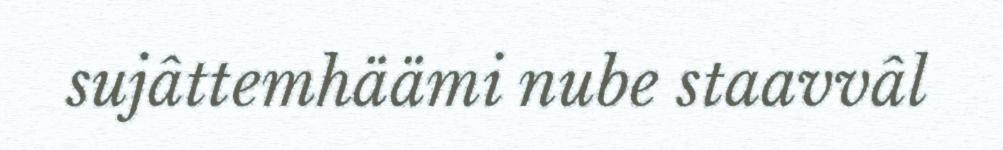
sujâttemhäämi nube staavvâl